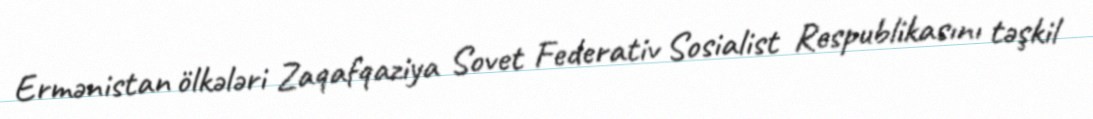
Ermənistan ölkələri Zaqafqaziya Sovet Federativ Sosialist Respublikasını təşkil